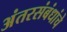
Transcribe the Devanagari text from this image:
अंतरसंबंधांचे